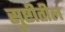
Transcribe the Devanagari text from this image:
सुष्टीतील